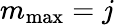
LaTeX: m_{\mathrm{max}}=j